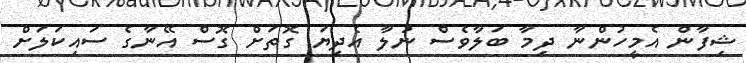
ޝިފާން އެމީހުންނާ ދިމާ ބަލާވެސް ނުލާ އެދިޔަ ގޮތަށް ގޮސް އޭނާގެ ސައިކަލަށް